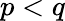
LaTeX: p<q